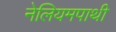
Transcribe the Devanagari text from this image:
नेलियमपाथी